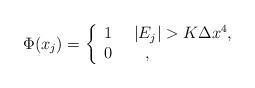
LaTeX: \begin{align*}\Phi(x_j)=\left\{\begin{array}{ll} 1 ~~~~ | E_j|>K\Delta x^4, \\ 0 ~~~~ ~~ , \end{array}\right.\end{align*}